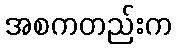
အစကတည်းက